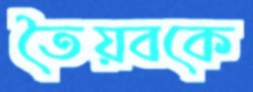
তৈয়বকে